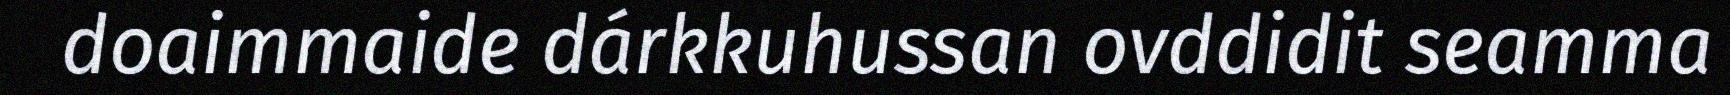
doaimmaide dárkkuhussan ovddidit seamma